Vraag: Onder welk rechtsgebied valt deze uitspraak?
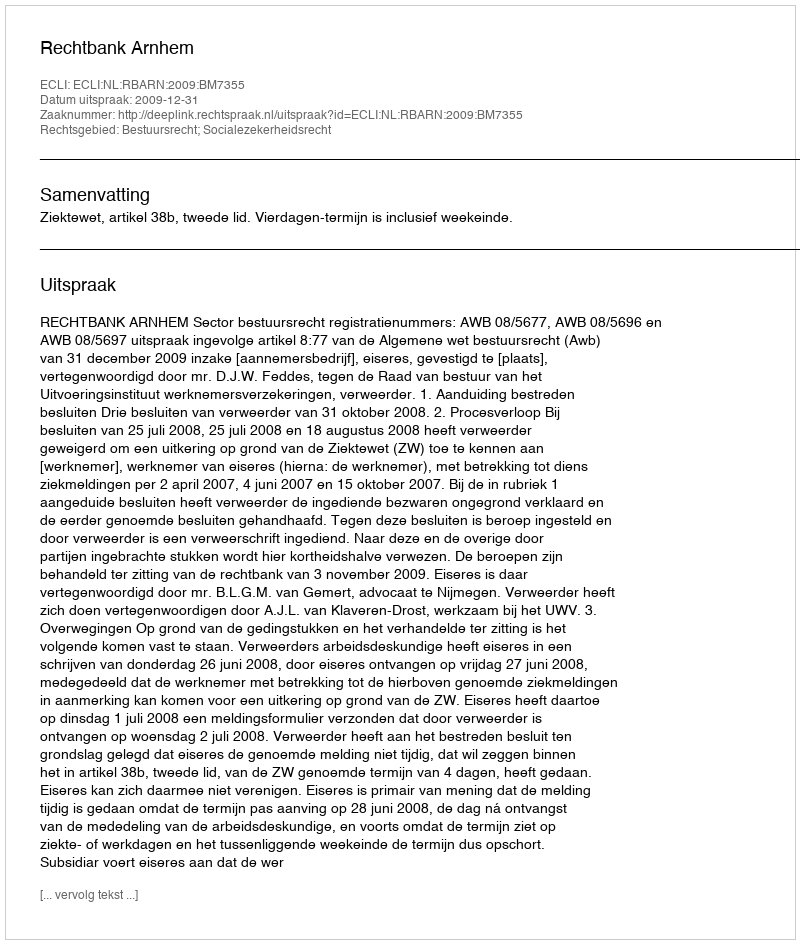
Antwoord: Bestuursrecht; Socialezekerheidsrecht